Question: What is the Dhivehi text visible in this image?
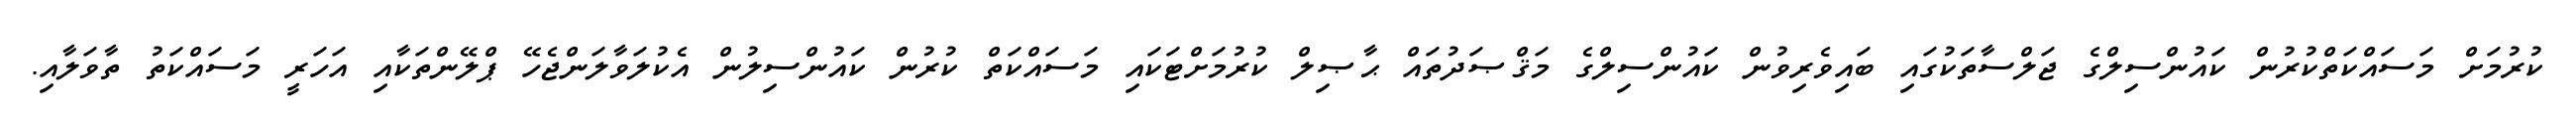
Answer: ކުރުމަށް މަސައްކަތްކުރުން ކައުންސިލްގެ ޖަލްސާތަކުގައި ބައިވެރިވުން ކައުންސިލްގެ މަޤްޞަދުތައް ޙާޞިލް ކުރުމަށްޓަކައި މަސައްކަތް ކުރުން ކައުންސިލުން އެކުލަވާލަންޖެހޭ ޕްލޭންތަކާއި އަހަރީ މަސައްކަތު ތާވަލާއި.